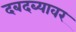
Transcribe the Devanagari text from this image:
दबदब्यावर